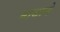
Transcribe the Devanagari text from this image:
नाथाने